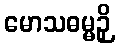
မောသဓမ္မဉှိ